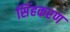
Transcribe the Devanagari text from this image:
सिंहकरण